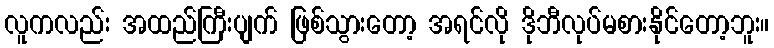
လူကလည်း အထည်ကြီးပျက် ဖြစ်သွားတော့ အရင်လို ဒိုဘီလုပ်မစားနိုင်တော့ဘူး။